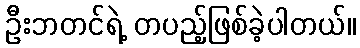
ဦးဘတင်ရဲ့ တပည့်ဖြစ်ခဲ့ပါတယ်။